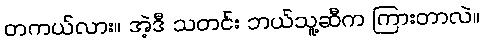
တကယ်လား။ အဲ့ဒီ သတင်း ဘယ်သူ့ဆီက ကြားတာလဲ။